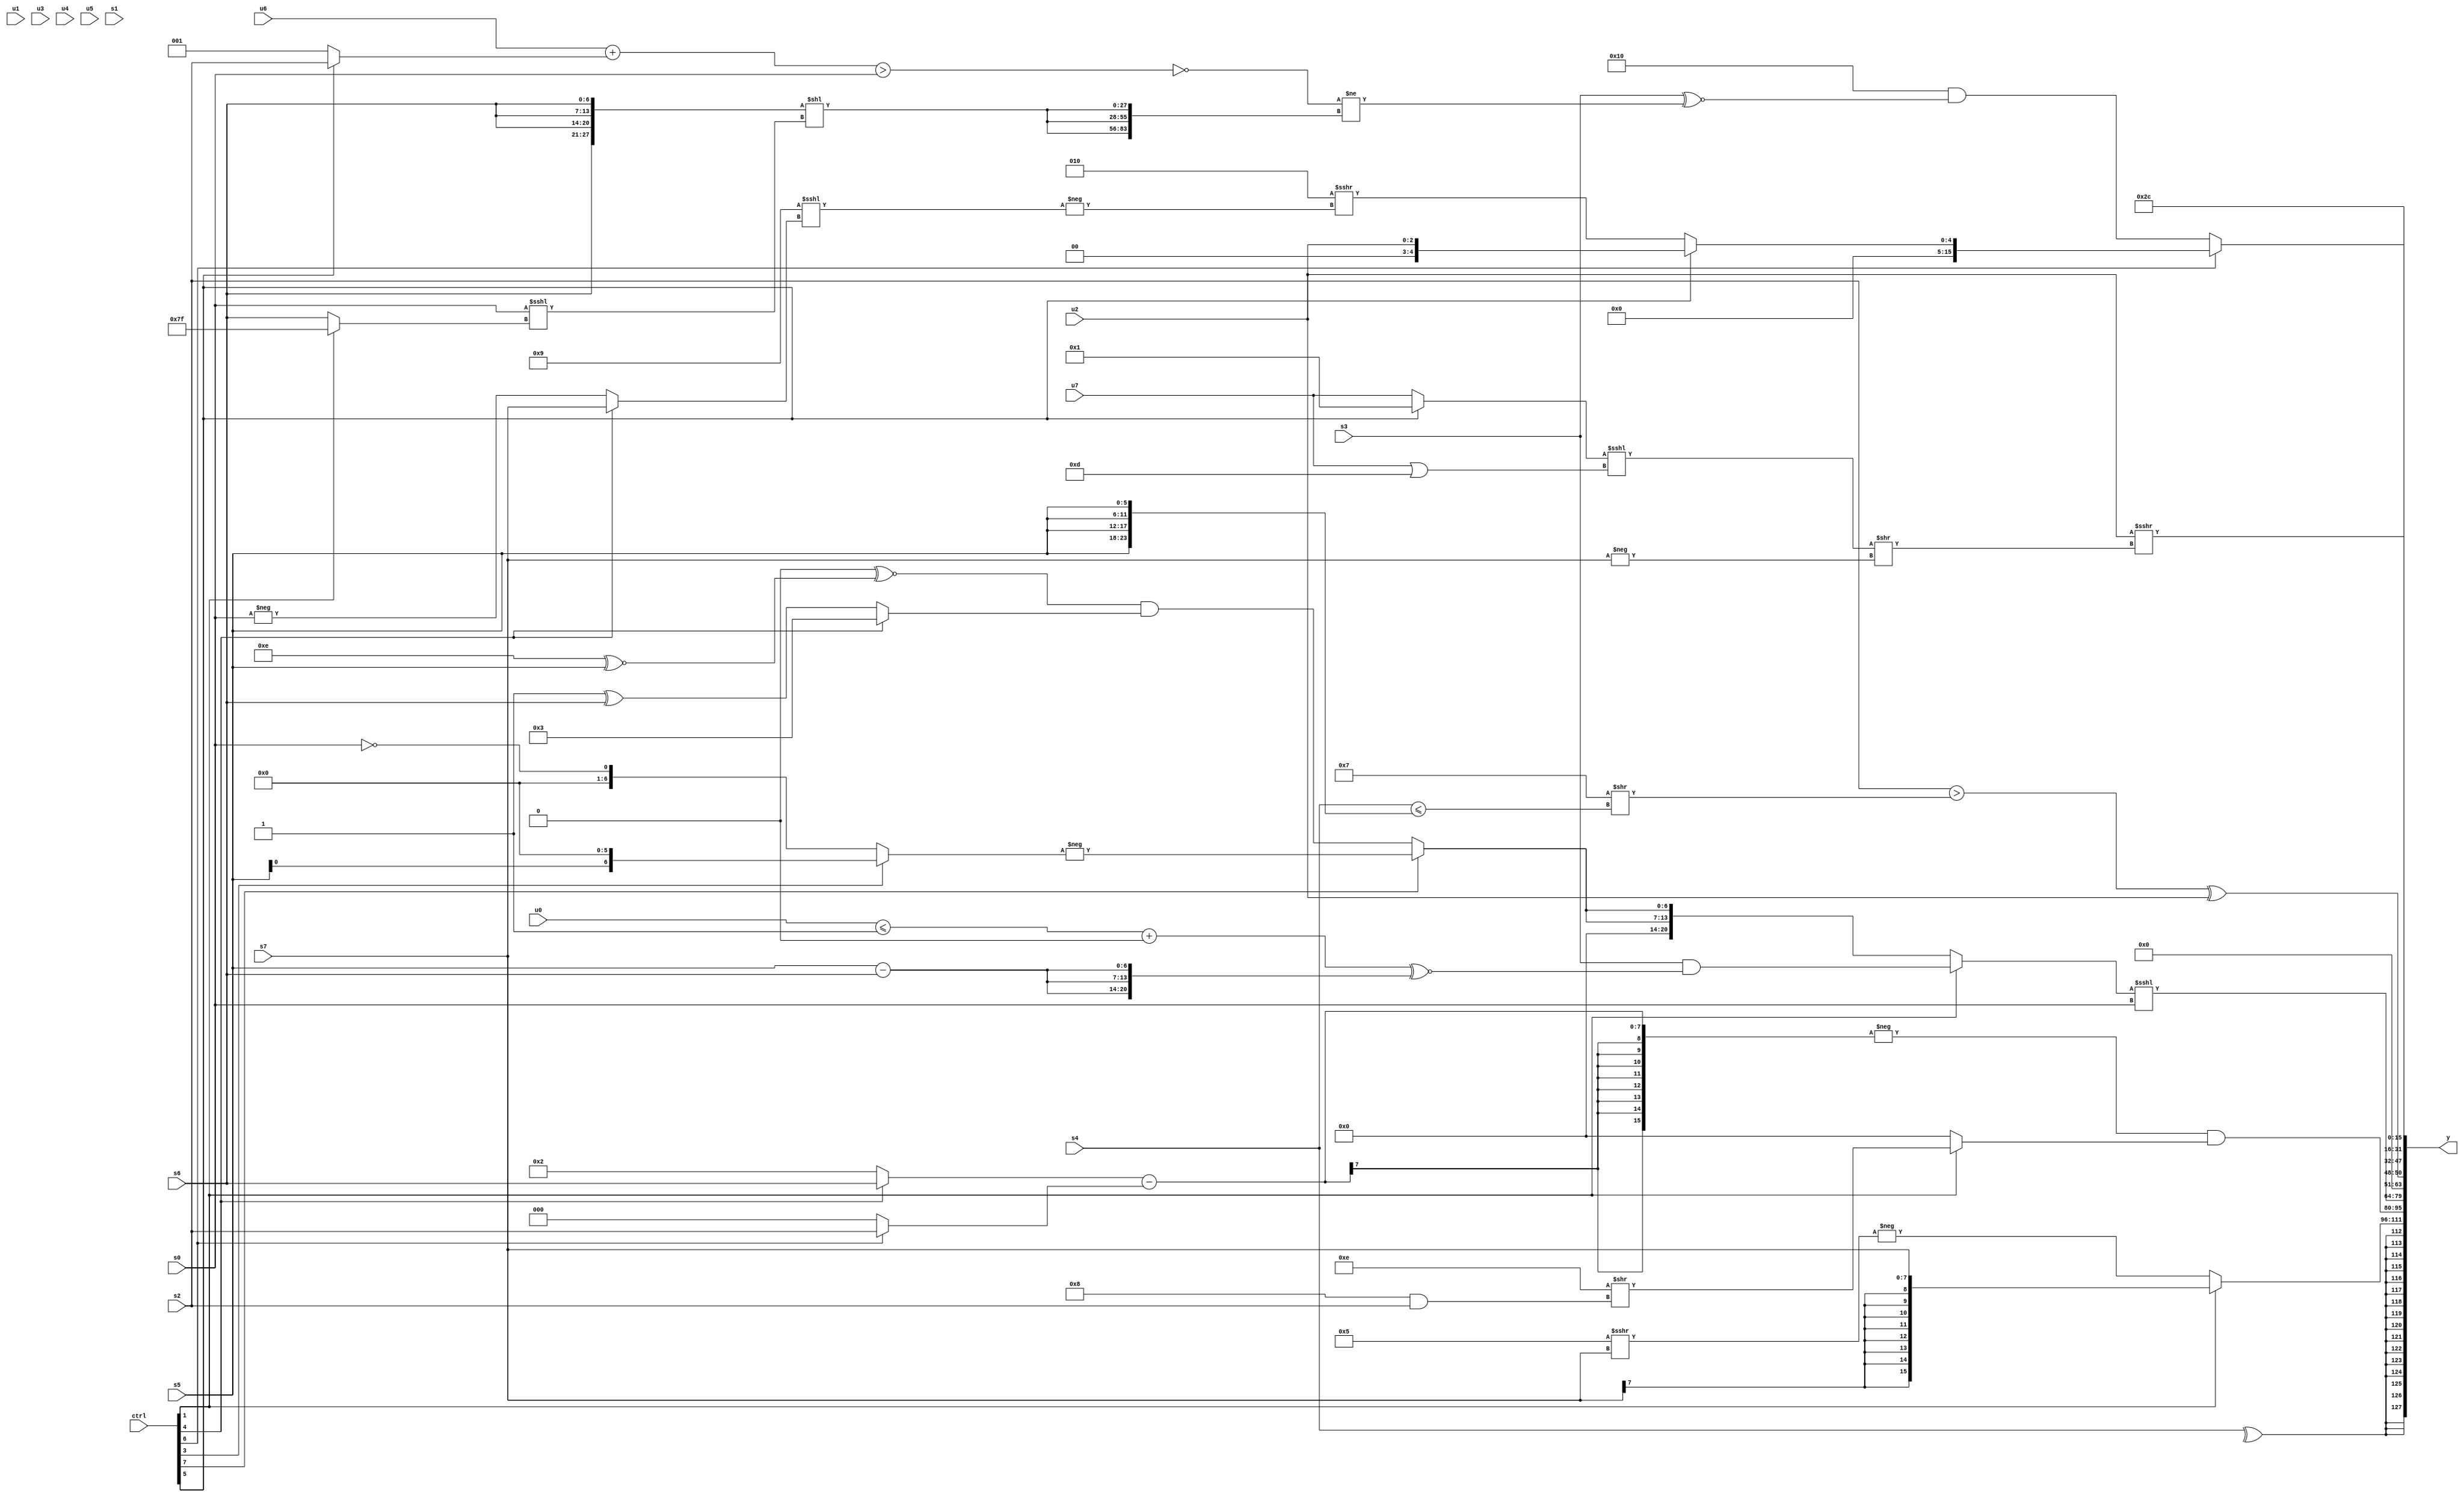
module wideexpr_00433(ctrl, u0, u1, u2, u3, u4, u5, u6, u7, s0, s1, s2, s3, s4, s5, s6, s7, y);
  input [7:0] ctrl;
  input [0:0] u0;
  input [1:0] u1;
  input [2:0] u2;
  input [3:0] u3;
  input [4:0] u4;
  input [5:0] u5;
  input [6:0] u6;
  input [7:0] u7;
  input signed [0:0] s0;
  input signed [1:0] s1;
  input signed [2:0] s2;
  input signed [3:0] s3;
  input signed [4:0] s4;
  input signed [5:0] s5;
  input signed [6:0] s6;
  input signed [7:0] s7;
  output [127:0] y;
  wire [15:0] y0;
  wire [15:0] y1;
  wire [15:0] y2;
  wire [15:0] y3;
  wire [15:0] y4;
  wire [15:0] y5;
  wire [15:0] y6;
  wire [15:0] y7;
  assign y = {y0,y1,y2,y3,y4,y5,y6,y7};
  assign y0 = $signed(^(s4));
  assign y1 = (ctrl[1]?$signed(s7):-((4'sb0101)>>>(s7)));
  assign y2 = (-(((ctrl[4]?s6:3'sb010))-((ctrl[6]?$unsigned(s2):~^(1'sb1)))))&($signed((ctrl[1]?(6'sb001110)>>((4'sb1000)&(s2)):(s6)>>(6'sb001110))));
  assign y3 = ((ctrl[1]?(s3)&((((u0)<=((1'sb0)<(6'sb000110)))+((-(5'sb10011))==((4'b1111)<<<(4'sb1000))))^~($unsigned({3{(s5)-(s6)}}))):{2{(ctrl[7]?-((ctrl[3]?(s5)<<(3'sb110):(s0)==(1'sb0))):(($signed(1'b0))^~((5'sb01110)^~(s5)))&((ctrl[4]?2'sb11:(1'sb1)^(s6))))}}))<<<($signed(s0));
  assign y4 = ((s2)>(((4'sb0110)-(1'sb1))>>((+(s4))<=({4{s5}}))))^(u2);
  assign y5 = (6'sb010110)<<($signed(4'sb0001));
  assign y6 = (ctrl[6]?(ctrl[5]?u2:$unsigned($signed((5'sb00010)>>>(-((5'sb11001)<<<((ctrl[4]?s7:-(s0)))))))):(6'sb010000)&((s3)^~((~^(+((({1{u6}})+((ctrl[5]?s2:2'b01)))>(s0))))!=({3{({4{(ctrl[7]?s6:$signed(s6))}})<<((s0)<<<($signed((ctrl[1]?1'sb1:s6))))}}))));
  assign y7 = (u2)>>>(($signed(((ctrl[5]?2'sb01:u7))<<<((u7)|(6'sb001101))))>>(-(s7)));
endmodule